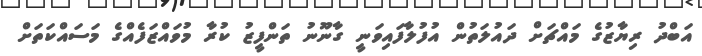
އަބްދު ރިޔާޒުގެ މައްޗަށް ދައުލަތުން އުފުލާފައިވަނީ ގާނޫނު ތަންފީޒު ކުރާ މުވައްޒަފެއްގެ މަސައްކަތަށް